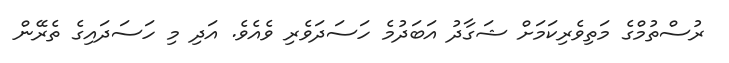
ރުސްތުމްގެ މަތިވެރިކަމަށް ޝަގާދު އަބަދުމެ ހަސަދަވެރި ވެއެވެ. އަދި މި ހަސަދައިގެ ތެރޭން